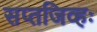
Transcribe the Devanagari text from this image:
सप्तजिव्हः